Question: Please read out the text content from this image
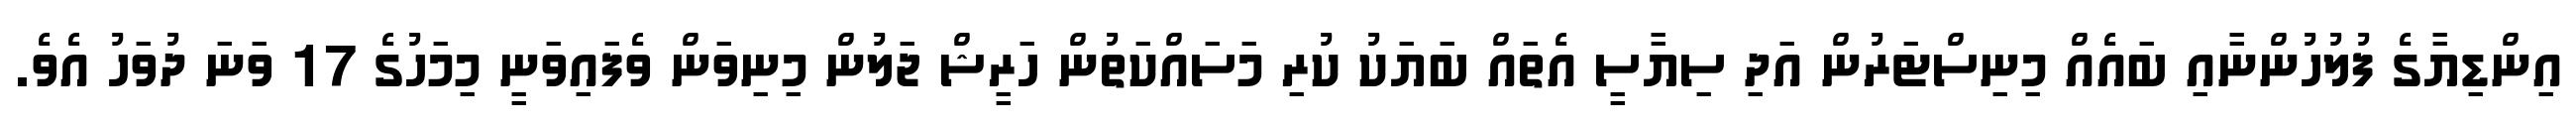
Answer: އިންޑިޔާގެ ފުލުހުންނާއި ބައެއް މިނިސްޓަރުން އަދި ސިޔާސީ އެތައް ބަޔަކު ކުރި މަސައްކަތުން ހަރީޝް ޖަލުން މިނިވަން ވެފައިވަނީ މިމަހުގެ 17 ވަނަ ދުވަހު އެވެ.